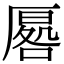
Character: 𭆔